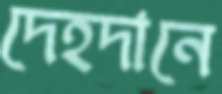
দেহদানে